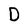
Character: D